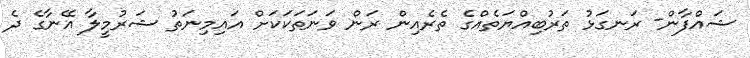
ޝައްފާން- ރަނގަޅު ތަރުބިއްޔަތެއްގެ ތެރެއިން ރަން ވަނަތަކަކަށް އައިމިނަތު ޝަރުމީލާ އޭނާގެ ދެ